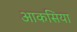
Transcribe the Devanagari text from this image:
आकसिया